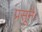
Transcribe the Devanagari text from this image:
प्रसूनैः